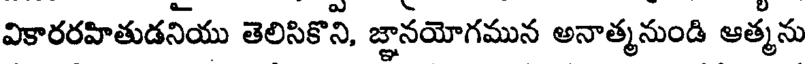
వికారరహితుడనియు తెలిసికొని, జ్ఞానయోగమున అనాత్మనుండి ఆత్మను